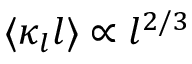
\langle \kappa _ { l } l \rangle \propto l ^ { 2 / 3 }